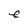
Character: e